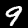
Digit: 9